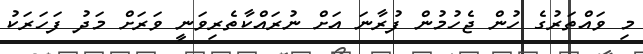
މި ވައްތަރުގެ ހުން ޖެހުމުން ފުރާނަ އަށް ނުރައްކާތެރިވަނީ ވަރަށް މަދު ފަހަަރަކު